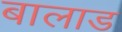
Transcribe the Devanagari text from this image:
बालाड